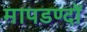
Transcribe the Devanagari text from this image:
मापडण्दों